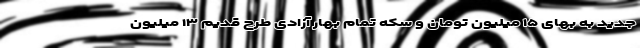
جدید به بهای ۱۵ میلیون تومان و سکه تمام بهار آزادی طرح قدیم ۱۳ میلیون